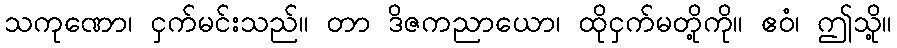
သကုဏော၊ ငှက်မင်းသည်။ တာ ဒိဇကညာယော၊ ထိုငှက်မတို့ကို။ ဧဝံ၊ ဤသို့။